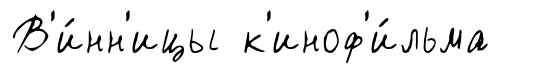
В'и́нн'ицы к'иноф'и́льма